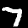
Digit: 7